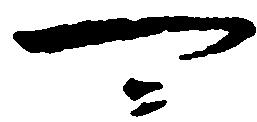
可